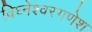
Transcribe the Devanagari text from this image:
विघ्नेश्वरगणेश